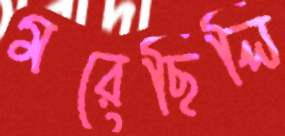
মরেছিলি